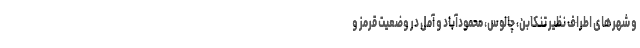
و شهرهای اطراف نظیر تنکابن، چالوس، محمودآباد و آمل در وضعیت قرمز و